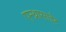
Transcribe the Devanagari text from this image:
एन्थ्रासाईट